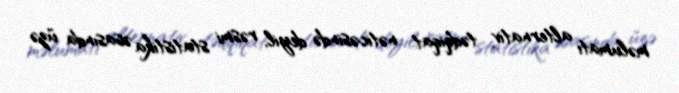
məlumatı alternativ tədqiqat nəticəsində deyil, rəsmi statistika əsasında üzə